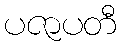
ပဇာပတီ